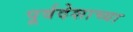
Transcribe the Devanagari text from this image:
पूर्वदेशाच्या